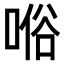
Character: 𠸘